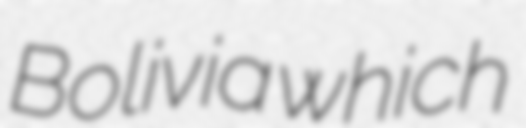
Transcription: Bolivia which